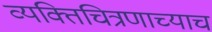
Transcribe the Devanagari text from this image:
व्यक्तिचित्रणाच्याच